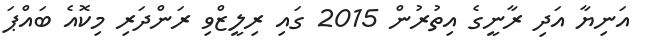
އަނިޔާ އަދި ރާނީގެ އިތުރުން 2015 ގައި ރިލީޒްވި ރަންދަރި މިކޮއެ ބައްޕަ